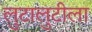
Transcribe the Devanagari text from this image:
लुटालुटीला